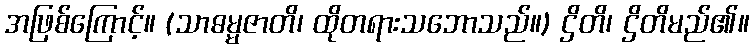
အဖြစ်ကြောင့်။ (သာဓမ္မဇာတိ၊ ထိုတရားသဘောသည်။) ဌိတိ၊ ဌိတိမည်၏။